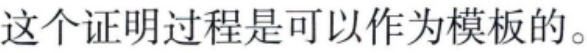
这个证明过程是可以作为模板的。